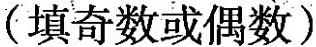
(填奇数或偶数）